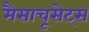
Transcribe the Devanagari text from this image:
मैसाचूसेट्स